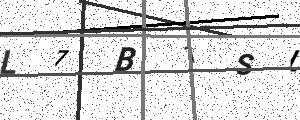
Text: L7B1SL